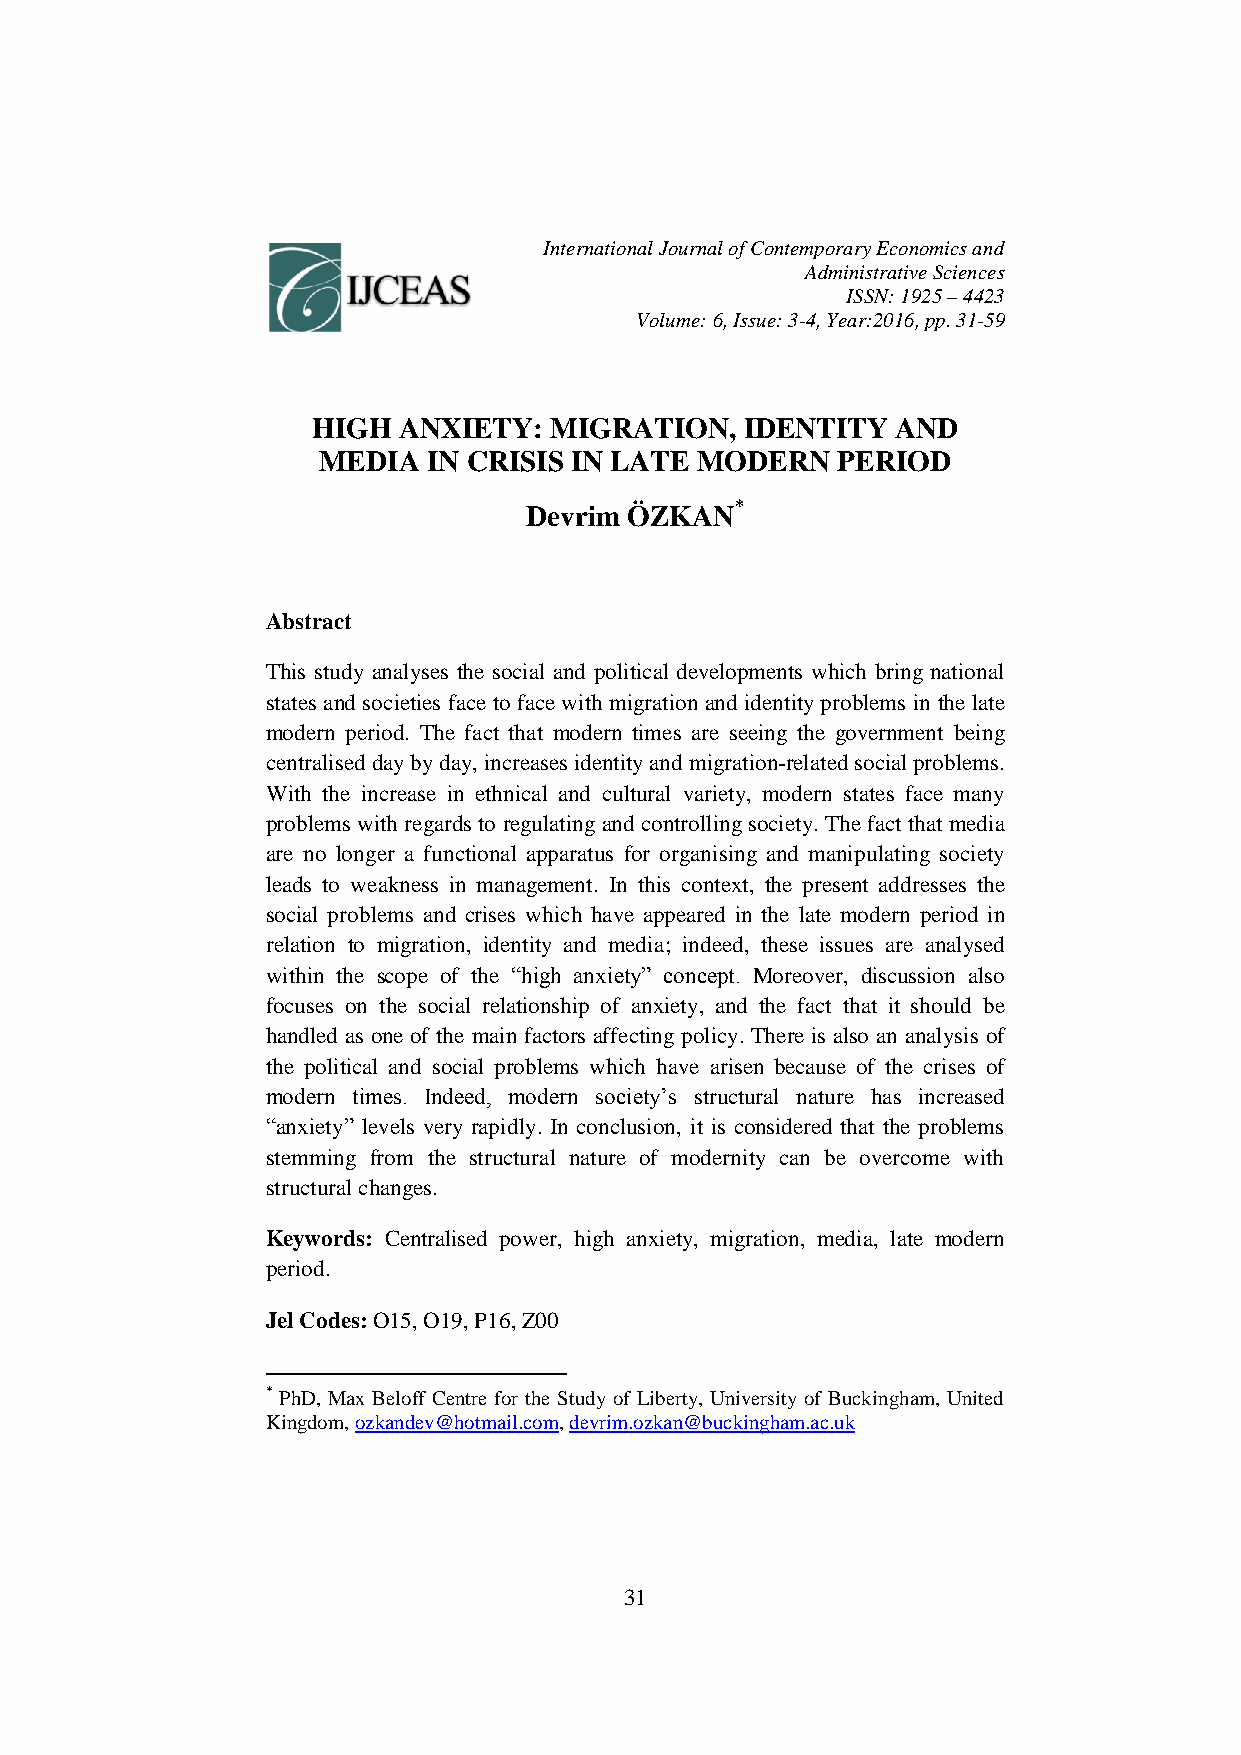
International Journal of Contemporary Economics and
 Administrative Sciences
 ISSN: 1925 – 4423
 Volume: 6, Issue: 3-4, Year:2016, pp. 31-59
 HIGH ANXIETY:  MIGRATION,   IDENTITY  AND
 MEDIA  IN CRISIS IN LATE MODERN   PERIOD
 Devrim ÖZKAN*
 Abstract
 This study analyses the social and political developments which bring national
 states and societies face to face with migration and identity problems in the late
 modern period. The fact that modern times are seeing the government being
 centralised day by day, increases identity and migration-related social problems.
 With the increase in ethnical and cultural variety, modern states face many
 problems with regards to regulating and controlling society. The fact that media
 are no longer a functional apparatus for organising and manipulating society
 leads to weakness in management. In this context, the present addresses the
 social problems and crises which have appeared in the late modern period in
 relation to migration, identity and media; indeed, these issues are analysed
 within the scope of the “high anxiety” concept. Moreover, discussion also
 focuses on the social relationship of anxiety, and the fact that it should be
 handled as one of the main factors affecting policy. There is also an analysis of
 the political and social problems which have arisen because of the crises of
 modern times. Indeed, modern society’s structural nature has increased
 “anxiety” levels very rapidly. In conclusion, it is considered that the problems
 stemming from the structural nature of modernity can be overcome with
 structural changes.
 Keywords: Centralised power, high anxiety, migration, media, late modern
 period.
 Jel Codes: O15, O19, P16, Z00
 * PhD, Max Beloff Centre for the Study of Liberty, University of Buckingham, United
 Kingdom, ozkandev@hotmail.com, devrim.ozkan@buckingham.ac.uk
 31